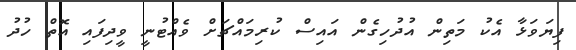
ފިޔަވަޅާ އެކު މަތިން އުދުހިގެން އައިސް ކުރިމައްޗަށް ވެއްޓުނީ ވީދިފައި އޮތް ހުދު